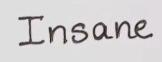
Insane